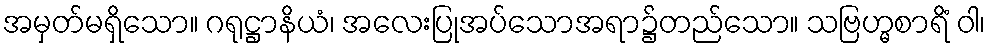
အမှတ်မရှိသော။ ဂရုဋ္ဌာနိယံ၊ အလေးပြုအပ်သောအရာ၌တည်သော။ သဗြဟ္မစာရိံ ဝါ၊